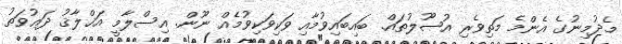
މެދުމިނުގެ އެންމެ މަތިވެރި އުޞޫލުތައް. ބައިބައިވުމާއި ވަކިވަކިވުމެއް ނޫން. އިސްލާމީ އަޚްލާޤު ދަޢުވަތު